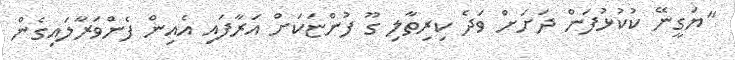
"ޔަގީނޭ ކުކުޅުފަން ދަށަށް ވަދެ ކިރިތާލި ގޫ ފުންޏަކަށް އަރާފައި އެއިން ފެންވަރާލައިގެން